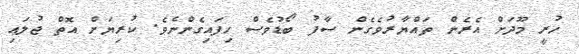
ހުރީ މޫދަށް އެެރެން ތައްޔާރުވެގެން ސާފު ބޯޑުވެސް ހިފައިގެންނެވެ. ކުރިޔަށް އޮތް ޖުލައި